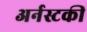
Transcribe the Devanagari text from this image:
अर्नस्टकी